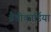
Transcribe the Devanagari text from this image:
ब्रैडीकार्डिया